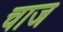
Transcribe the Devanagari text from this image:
चाज